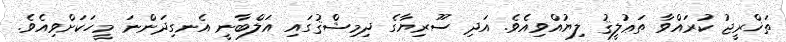
ތަޚްރީޖު ކުރައްވާ ތަޢުލީޤު ލިޔުއްވިއެވެ. އަދި ސޫރިޔާގެ ދިމިޝްޤުގައި އަލްބާނީ އެނގިދަންނަ މީހަކަށްވިއެވެ.